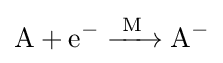
{\ce {A + e^- ->[M]A^-}}